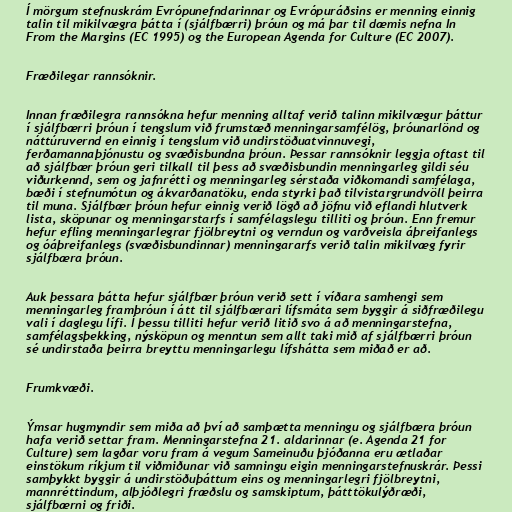
Í mörgum stefnuskrám Evrópunefndarinnar og Evrópuráðsins er menning einnig
talin til mikilvægra þátta í (sjálfbærri) þróun og má þar til dæmis nefna In
From the Margins (EC 1995) og the European Agenda for Culture (EC 2007).

Fræðilegar rannsóknir.

Innan fræðilegra rannsókna hefur menning alltaf verið talinn mikilvægur þáttur
í sjálfbærri þróun í tengslum við frumstæð menningarsamfélög, þróunarlönd og
náttúruvernd en einnig í tengslum við undirstöðuatvinnuvegi,
ferðamannaþjónustu og svæðisbundna þróun. Þessar rannsóknir leggja oftast til
að sjálfbær þróun geri tilkall til þess að svæðisbundin menningarleg gildi séu
viðurkennd, sem og jafnrétti og menningarleg sérstaða viðkomandi samfélaga,
bæði í stefnumótun og ákvarðanatöku, enda styrki það tilvistargrundvöll þeirra
til muna. Sjálfbær þróun hefur einnig verið lögð að jöfnu við eflandi hlutverk
lista, sköpunar og menningarstarfs í samfélagslegu tilliti og þróun. Enn fremur
hefur efling menningarlegrar fjölbreytni og verndun og varðveisla áþreifanlegs
og óáþreifanlegs (svæðisbundinnar) menningararfs verið talin mikilvæg fyrir
sjálfbæra þróun.

Auk þessara þátta hefur sjálfbær þróun verið sett í víðara samhengi sem
menningarleg framþróun í átt til sjálfbærari lífsmáta sem byggir á siðfræðilegu
vali í daglegu lífi. Í þessu tilliti hefur verið litið svo á að menningarstefna,
samfélagsþekking, nýsköpun og menntun sem allt taki mið af sjálfbærri þróun
sé undirstaða þeirra breyttu menningarlegu lífshátta sem miðað er að.

Frumkvæði.

Ýmsar hugmyndir sem miða að því að samþætta menningu og sjálfbæra þróun
hafa verið settar fram. Menningarstefna 21. aldarinnar (e. Agenda 21 for
Culture) sem lagðar voru fram á vegum Sameinuðu þjóðanna eru ætlaðar
einstökum ríkjum til viðmiðunar við samningu eigin menningarstefnuskrár. Þessi
samþykkt byggir á undirstöðuþáttum eins og menningarlegri fjölbreytni,
mannréttindum, alþjóðlegri fræðslu og samskiptum, þátttökulýðræði,
sjálfbærni og friði.